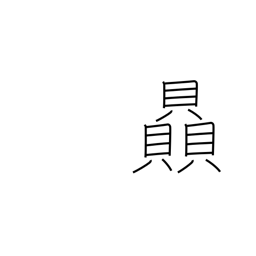
Meaning: strength